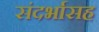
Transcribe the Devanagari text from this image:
संदर्भासह